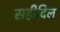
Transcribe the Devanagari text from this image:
सहीदिल